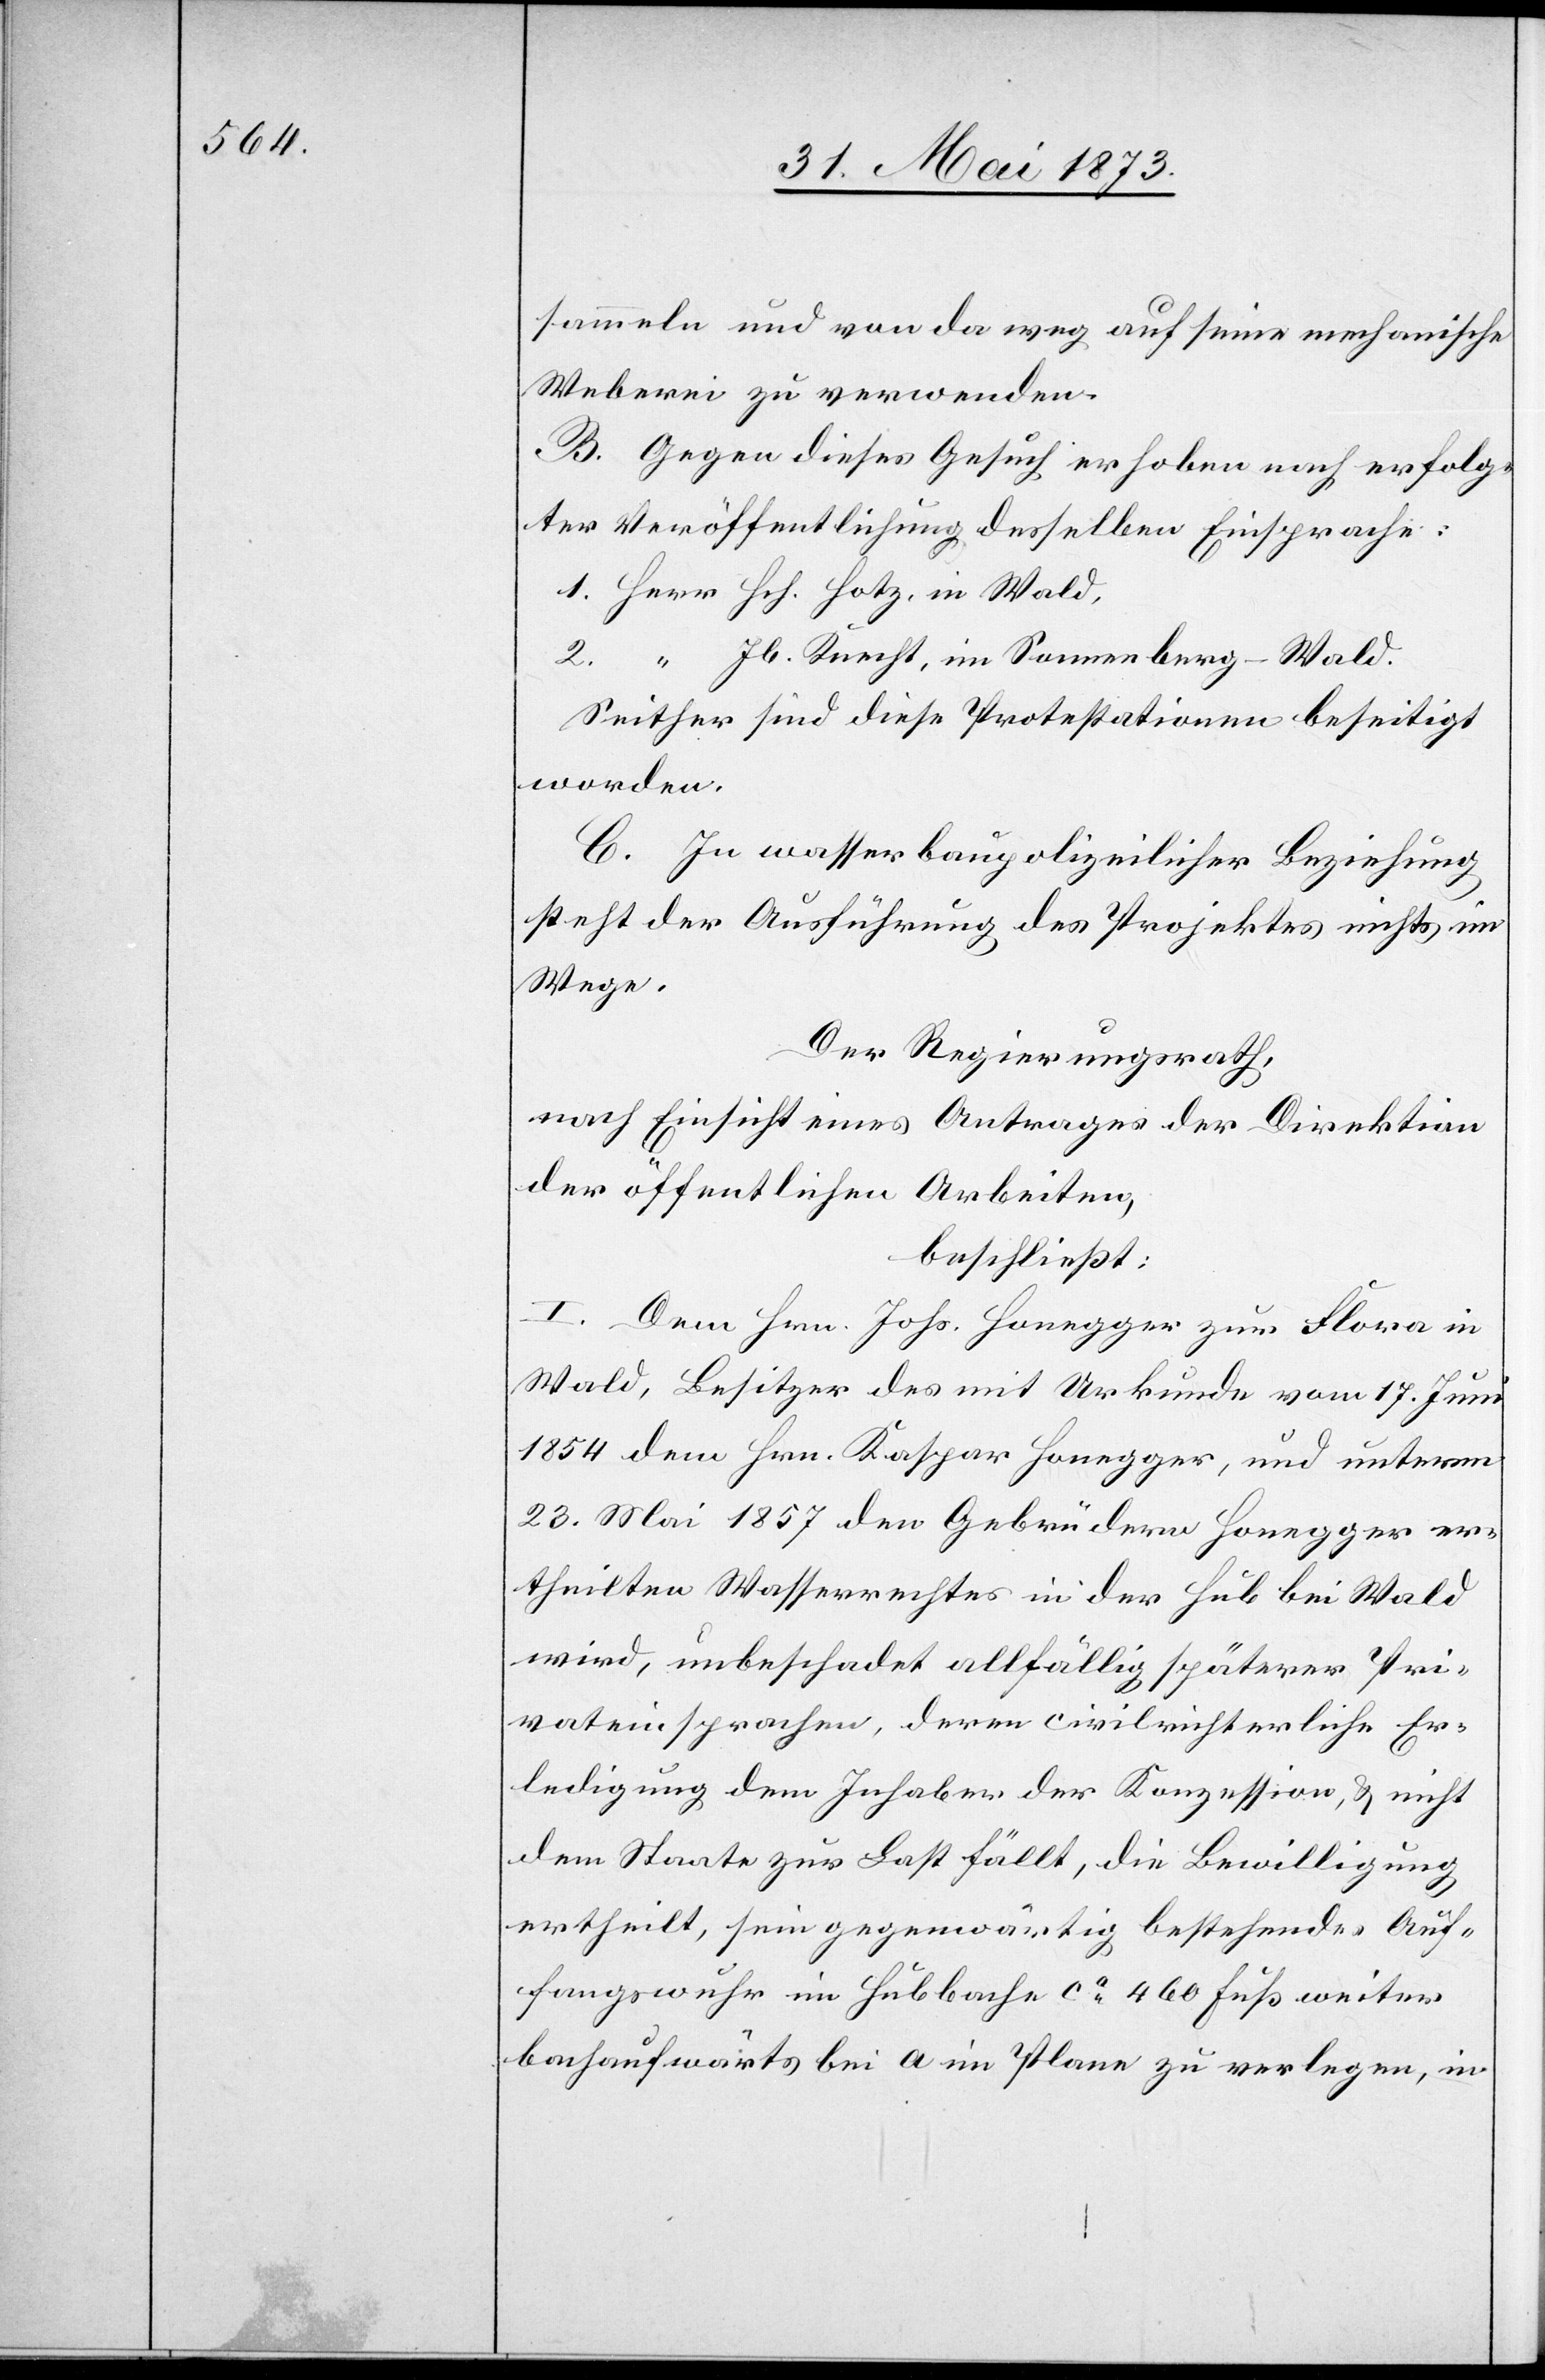
sammeln und von da weg auf seine mechanische
Weberei zu verwenden.
B. Gegen dieses Gesuch erhoben nach erfolg¬
ter Veröffentlichung desselben Einsprache:
1. Herr Hch. Hotz, in Wald,
2. “ Jb. Knecht, im Sonnenberg-Wald.
Seither sind diese Protestationen beseitigt
worden.
C. In wasserbaupolizeilicher Beziehung
steht der Ausführung des Projektes nichts im
Wege.
Der Regierungsrath,
nach Einsicht eines Antrages der Direktion
der öffentlichen Arbeiten,
beschließt:
I. Dem Hrn. Johs. Honegger zur Flora in
Wald, Besitzer des mit Urkunde vom 17. Juni
1854 dem Hrn. Kaspar Honegger, und unterm
23. Mai 1857 den Gebrüdern Honegger er¬
theilten Wasserrechtes in der Hub bei Wald
wird, unbeschadet allfällig späterer Pri¬
vateinsprachen, deren civilrichterliche Er¬
ledigung dem Inhaber der Konzession, & nicht
dem Staate zur Last fällt, die Bewilligung
ertheilt, sein gegenwärtig bestehendes Auf¬
fangswuhr im Hubbache ca 460 Fuß weiter
bachaufwärts bei a im Plane zu verlegen, in